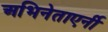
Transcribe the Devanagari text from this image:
अभिनेताएर्नी